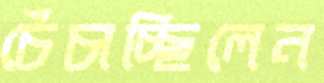
চেঁচাচ্ছিলেন